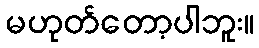
မဟုတ်တော့ပါဘူး။